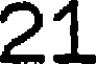
21